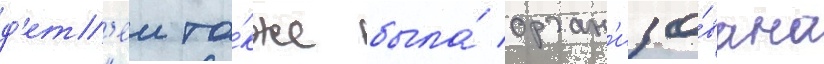
д'ет'еи та́кже была́ орган'изо́вана